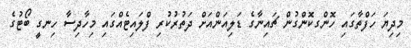
މިދިޔަ ހަފްތާގައި ހޮންގކޮންގުން ޗައިނާގެ ޑަލިއަންއަށް ދަތުރުކުރި ފްލައިޓެއްގައި މިހާދިސާ ހިނގީ ބޯޓުގެ